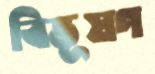
বিভূষণ